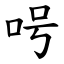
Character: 呺